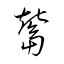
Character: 鬵